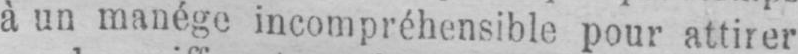
à un manége incompréhensible pour attirer